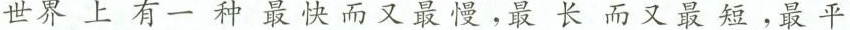
世界上有一种最快而又最慢，最长而又最短，最平